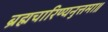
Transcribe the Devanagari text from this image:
ब्रह्मचारिण्यनुत्तमा॥